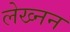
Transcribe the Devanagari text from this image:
लेख्नन